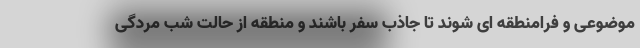
موضوعی و فرامنطقه ای شوند تا جاذب سفر باشند و منطقه از حالت شب مردگی